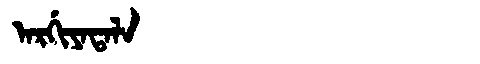
Manchu: ᠠᡵᡤᡳᠶᠠᡨᠠᠯᠠ
Romanization: ARGIYATALA